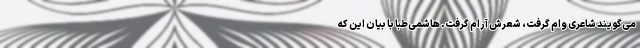
می‌گویند شاعری وام گرفت، شعرش آرام گرفت. هاشمی‌طبا با بیان این که